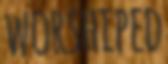
WORSHIPED